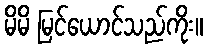
မိမိ မြင်ယောင်သည်ကိုး။